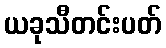
ယခုသီတင်းပတ်